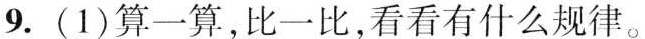
9. (1)算一算，比一比，看看有什么规律。